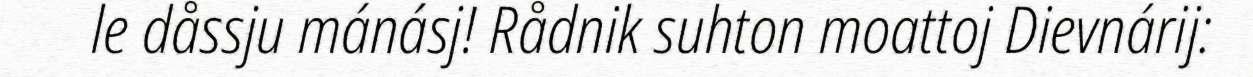
le dåssju mánásj! Rådnik suhton moattoj Dievnárij: